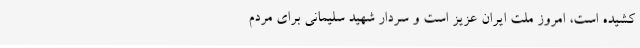
کشیده است، امروز ملت ایران عزیز است و سردار شهید سلیمانی برای مردم